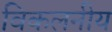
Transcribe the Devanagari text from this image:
विकलनीय